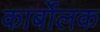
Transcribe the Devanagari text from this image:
कार्बोलक